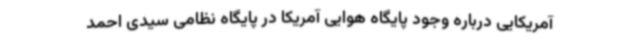
آمریکایی درباره وجود پایگاه هوایی آمریکا در پایگاه نظامی سیدی احمد